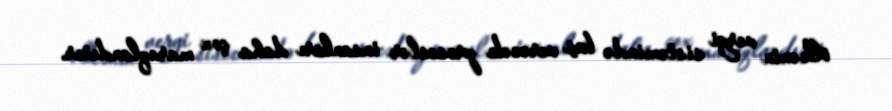
ölkənin vergi sistemində baş verəcək proseslər insanları daha çox maraqlandırır.